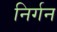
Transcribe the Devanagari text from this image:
निर्गन